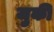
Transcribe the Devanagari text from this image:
जुकी